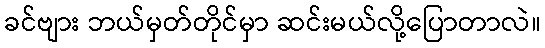
ခင်ဗျား ဘယ်မှတ်တိုင်မှာ ဆင်းမယ်လို့ပြောတာလဲ။